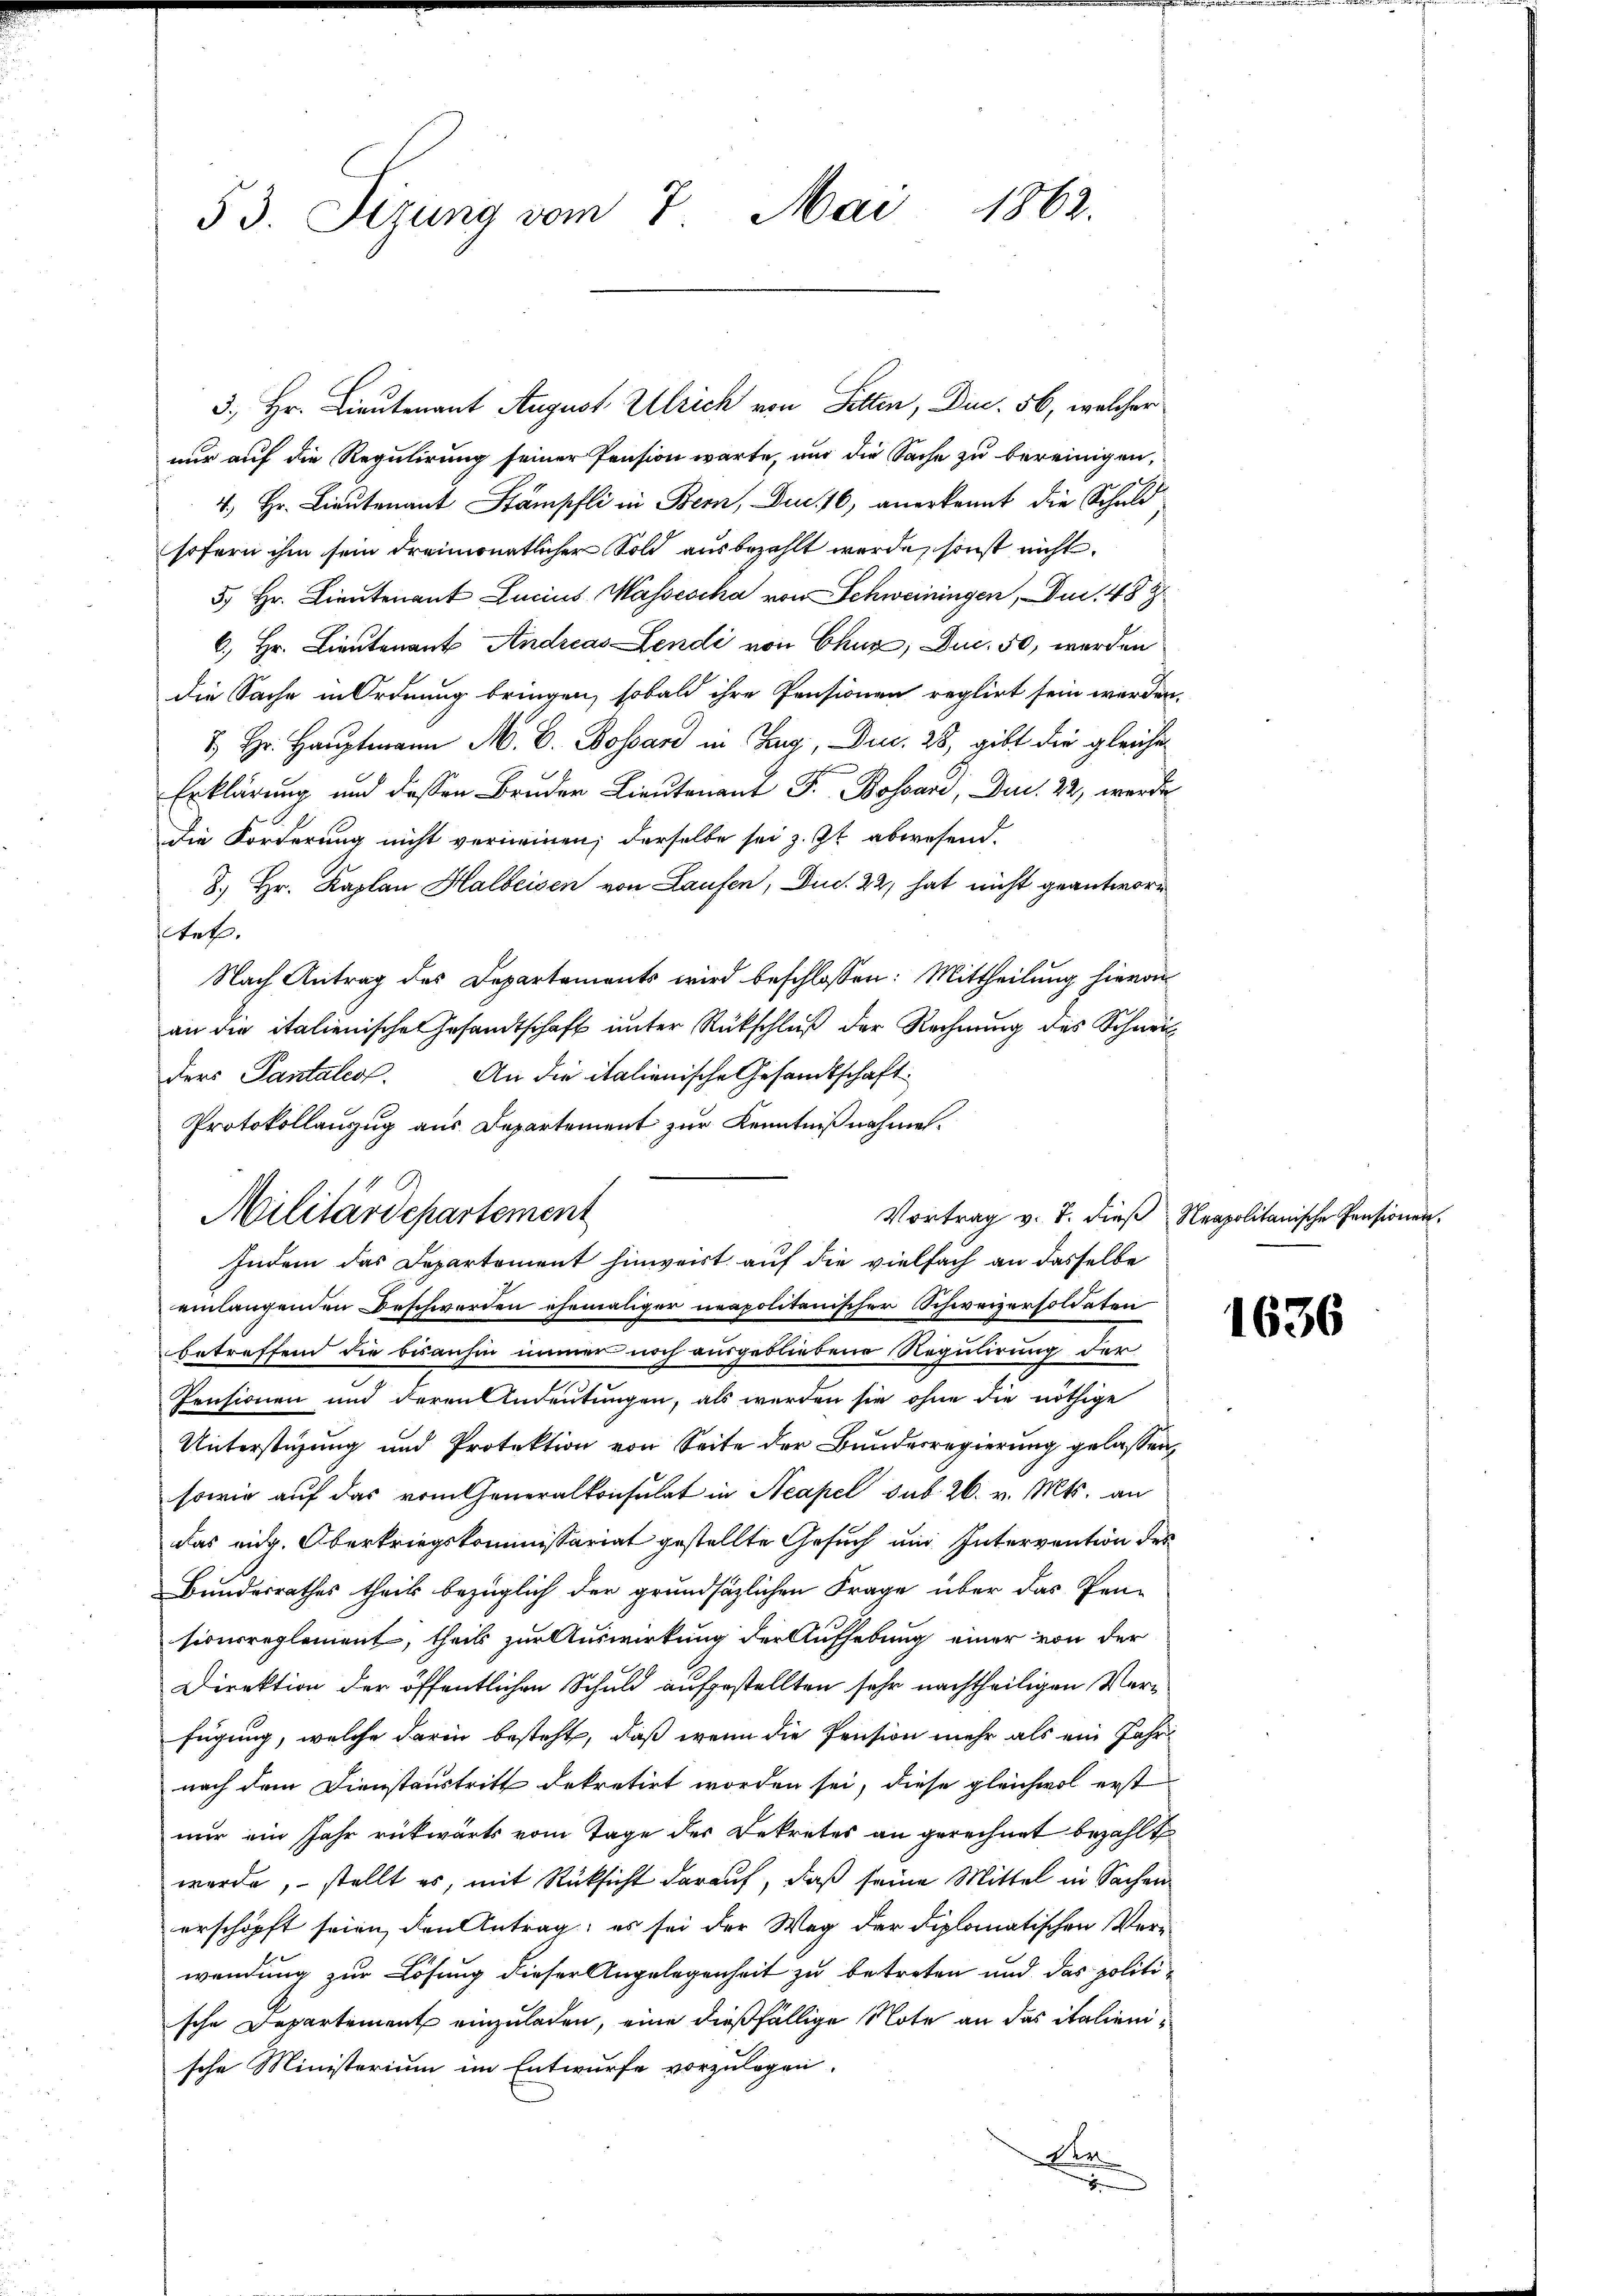
53. Sizung vom 7. Mai 1862.

nur auf die Regulirung seiner Pension warte, und die Sache zu bereinigen,
4.) Hr. Lieutenant Stämpfli in Bern, Du 16, anerkannt die Schuld
sofern ihm sein dreimonatlicher Sold ausbezahlt werde, sonst nicht
5. Hr. Lieutenant Lucius Massescha von Schweiningen, - Du. 489
6.) Hr. Lieutenant Andreas Lendi von Chur, Du. 50, werden
die Sache in Ordnung bringen, sobald ihre Pensionen reglirt sein werden.
 Hr. Hauptmann M. D. Bossard in Zug, Dr. 28, gibt die gleiche
Erklärung und dessen Bruder Lieutenant F. Bossard, Dec. 22, werde
Die Forderung nicht verneinen; derselbe sei z. Zt. abwesend.
8.) Hr. Kaplan Halbeisen von Laufen, Dud. 22, hat nicht geantwortef
Nach Antrag des Departaments wird beschlossen: Mittheilung hievon
an die italienische Gesandtschaft unter Rückschluß der Rechnung des Schnei
ders Pantales. An die italienische Gesandtschaft
Protokollanzug aus Departement zur Kenntnißnahme.
Vortrag v. J. dieβ Neapolitanische Pensionen.
Indem das Departement hinweist auf die vielfach an dasselbe
einlangenden Beschwerden ehemaliger neapolitanischer Schweizersoldaten
betreffend die bisanhin immer noch ausgebliebene Regulirung der
Pensionen und deren Andeutungen, als werden sie ohne die nöthige
Unterstüzung und Protektion von Seite der Bundesregierung gelassen,
sowie auf das vom Generalkonsulat in Neapel sub. 26. v. Mts. an
das eid. Oberkriegskommissariat gestellte Gesuch und Intervention des
Bundesrathes theils bezüglich der grundsätzlichen Frage über das Pen-
sionsreglement, theils zur Auswirkung der Aufhebung einer von der
Direktion der öffentlichen Schuld aufgestellten sehr nachtheiligen Verfügung, welche darin besteht, daß wenn die Pension mehr als ein Jahrnach dem Dienstaustritt dekretirt worden sei, diese gleichwol erst
nur ein Jahr rückwärts vom Tage des Dekretes an gerechnet bezahlt
werde, stellt es, mit Rücksicht darauf, daß seine Mittel in Sachen
erschöpft seien, den Antrag; es sei der Weg der diplomatischen Verwendung zur Lösung dieser Angelegenheit zu betreten und das politische Departement einzuladen, eine dießfällige Note an das italienische Ministerium im Entwurfe vorzulegen.
er
.

Militärdepartement

3. Hr. Lieutenant August. Ulrich von Selten, Din 56, welcher

1636